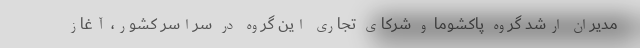
مدیران ارشد گروه پاکشوما و شرکای تجاری این گروه در سراسر کشور، آغاز